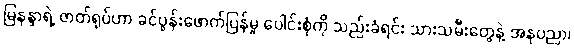
မြနန္ဒာရဲ့ ဇာတ်ရုပ်ဟာ ခင်ပွန်းဖောက်ပြန်မှု ပေါင်းစုံကို သည်းခံရင်း သားသမီးတွေနဲ့ အနုပညာ၊